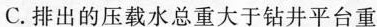
C.排出的压载水总重大于钻井平台重